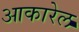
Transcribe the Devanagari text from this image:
आकारेल